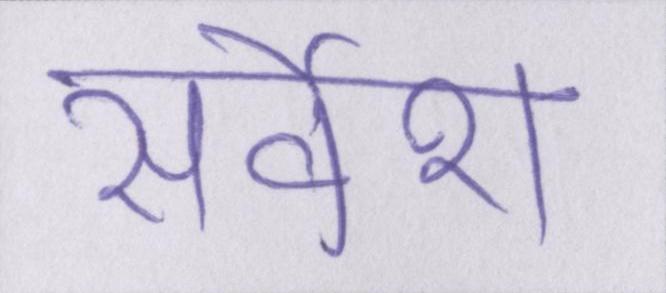
सर्वेश